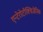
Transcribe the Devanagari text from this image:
एन्टेरोटॉक्सिजेनिक